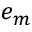
e _ { m }